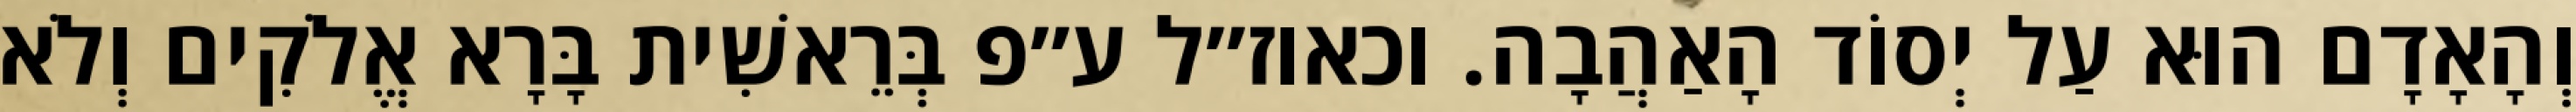
וְהָאָדָם הוּא עַל יְסוֹד הָאַהֲבָה. וכאוז״ל ע״פ בְּרֵאשִׁית בָּרָא אֱלֹקִים וְלֹא